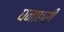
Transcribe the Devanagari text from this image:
घनाछरी